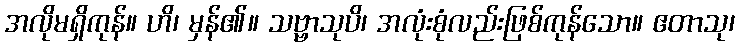
အလိုမရှိကုန်။ ဟိ၊ မှန်၏။ သဗ္ဗာသုပိ၊ အလုံးစုံလည်းဖြစ်ကုန်သော။ ဧတာသု၊